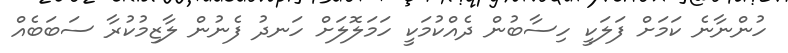
ހުންނާނެ ކަމަށް ފަލަކީ ހިސާބުން ދެއްކުމަކީ ހަމަލޮލަށް ހަނދު ފެނުން ލާޒިމުކުރާ ސަބަބެއް